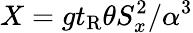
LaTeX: X=gt_{\mathrm{R}}\theta S_{x}^{2}/\alpha^{3}